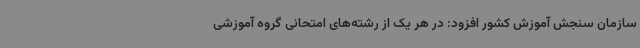
سازمان سنجش آموزش کشور افزود: در هر یک از رشته‌های امتحانی گروه آموزشی